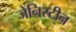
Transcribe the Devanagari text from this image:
जेनिस्टीन